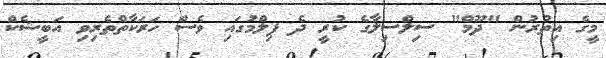
މީގެ އިތުރުން "ދޫމް" ސިލްސިލާގެ ކުރީ ދެ ފިލްމުގައި ވެސް ހަރަކާތްތެރިވި އަބީޝެކް